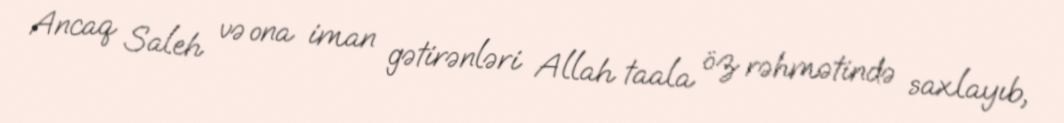
Ancaq Saleh və ona iman gətirənləri Allah taala öz rəhmətində saxlayıb,